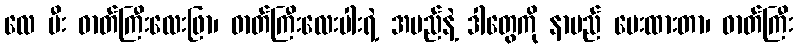
လေ မီး ဓာတ်ကြီးလေးဖြာ၊ ဓာတ်ကြီးလေးပါးရဲ့ အမည်နဲ့ ဒါတွေကို နာမည် ပေးထားတာ၊ ဓာတ်ကြီး